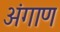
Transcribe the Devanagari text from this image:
अंगाण